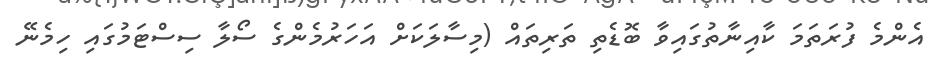
އެންމެ ފުރަތަމަ ކާއިނާތުގައިވާ ބޮޑެތި ތަރިތައް (މިސާލަކަށް އަހަރުމެންގެ ސޯލާ ސިސްޓަމުގައި ހިމެނޭ